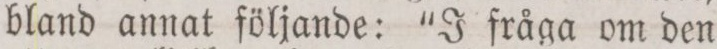
bland annat följande: “J fråga om den